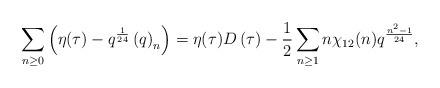
\begin{align*}\displaystyle\sum_{n\geq0}\left(\eta(\tau)-q^{\frac1{24}}\left(q\right)_n\right)=\eta(\tau)D\left(\tau\right)-\frac12\sum_{n\geq1}n\chi_{12}(n)q^{\frac{n^2-1}{24}},\end{align*}